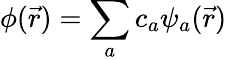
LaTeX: {\phi(\vec{r})=\sum_{a}c_{a}\psi_{a}(\vec{r})}